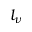
l _ { \nu }